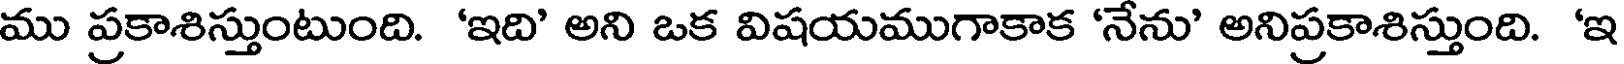
ము ప్రకాశిస్తుంటుంది. 'ఇది' అని ఒక విషయముగాకాక 'నేను' అనిప్రకాశిస్తుంది. 'ఇ